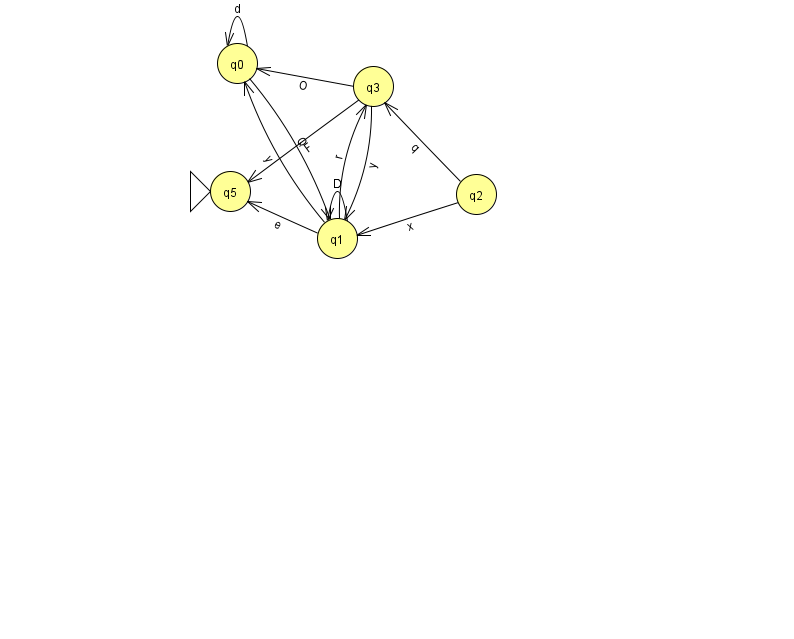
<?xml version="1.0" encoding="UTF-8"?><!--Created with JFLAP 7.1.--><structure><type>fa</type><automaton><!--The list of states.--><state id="0" name="q0"><x>237.0</x><y>50.0</y></state><state id="1" name="q1"><x>337.0</x><y>225.0</y></state><state id="2" name="q2"><x>476.0</x><y>181.0</y></state><state id="3" name="q3"><x>373.0</x><y>73.0</y></state><state id="5" name="q5"><x>230.0</x><y>178.0</y><initial/></state><!--The list of transitions.--><transition><from>2</from><to>3</to><read>q</read></transition><transition><from>0</from><to>0</to><read>d</read></transition><transition><from>1</from><to>0</to><read>y</read></transition><transition><from>1</from><to>1</to><read>D</read></transition><transition><from>3</from><to>5</to><read>F</read></transition><transition><from>2</from><to>1</to><read>x</read></transition><transition><from>3</from><to>1</to><read>y</read></transition><transition><from>1</from><to>5</to><read>e</read></transition><transition><from>0</from><to>1</to><read>Q</read></transition><transition><from>1</from><to>3</to><read>r</read></transition><transition><from>3</from><to>0</to><read>O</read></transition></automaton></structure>